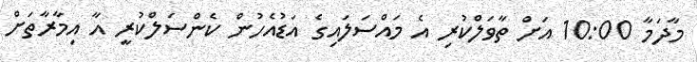
މާދަމާ 10:00 އަށް ތާވަލްކުރި އެ މައްސަލައިގެ އަޑުއެހުން ކެންސަލްކުރީ އާ އިމާރާތަށް